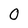
Character: 0